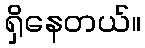
ရှိနေတယ်။